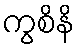
ကွစိနိ